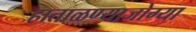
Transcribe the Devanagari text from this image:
हाताळण्याजोग्या